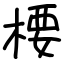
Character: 楆